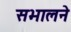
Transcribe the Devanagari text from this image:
सभालने